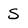
Character: S